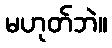
မဟုတ်ဘဲ။